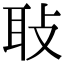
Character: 𦔼